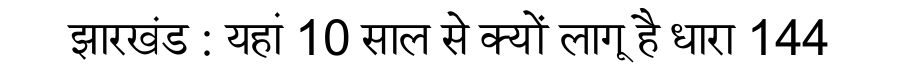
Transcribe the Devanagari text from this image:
झारखंड : यहां 10 साल से क्यों लागू है धारा 144